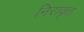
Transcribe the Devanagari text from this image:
निरावृत